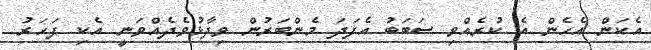
އެކަން އެހެން އެ ކުރެއްވި ސަބަބު އެފަދަ މެންބަރުން ވިދާޅުވެދެއްވަނީ އެކި ފަހަރު